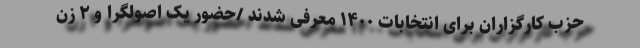
حزب کارگزاران برای انتخابات ۱۴۰۰ معرفی شدند /حضور یک اصولگرا و ۲ زن